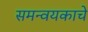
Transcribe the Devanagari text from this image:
समन्वयकाचे